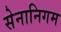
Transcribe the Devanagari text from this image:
सेनानिगम